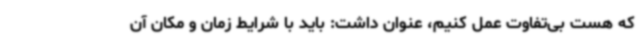
که هست بی‌تفاوت عمل کنیم، عنوان داشت: باید با شرایط زمان و مکان آن